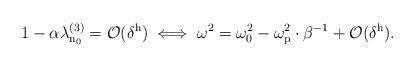
LaTeX: \begin{align*}1-\alpha\lambda_\mathrm{n_0}^{(3)} = \mathcal{O}(\delta^\mathrm{h}) \iff \omega^2 = \omega_0^2-\omega_\mathrm{p}^2\cdot\beta^{-1} + \mathcal{O}(\delta^\mathrm{h}).\end{align*}